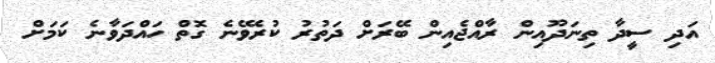
އަދި ސީދާ ތިނަދޫއިން ރާއްޖެއިން ބޭރަށް ދަތުރު ކުރެވޭނެ ގޮތް ހައްދަވާނެ ކަމަށް